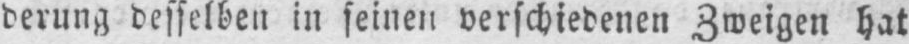
derung desselben in seinen verschiedenen Zweigen hat